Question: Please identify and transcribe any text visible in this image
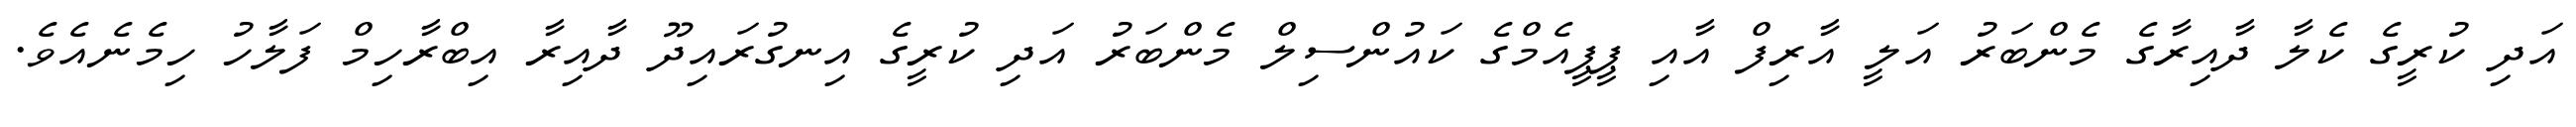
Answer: އަދި ކުރީގެ ކެލާ ދާއިރާގެ މެންބަރު އަލީ އާރިފް އާއި ޕީޕީއެމްގެ ކައުންސިލް މެންބަރު އަދި ކުރީގެ އިނގުރައިދޫ ދާއިރާ އިބްރާހިމް ފަލާހު ހިމެނެއެވެ.